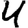
Digit: 4